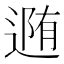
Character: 𨔳